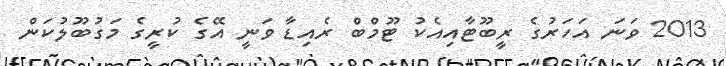
2013 ވަނަ އަހަރުގެ ރީބޫޓާއިއެކު ޓޫމްބް ރެއިޑާ ވަނީ އޭގެ ކުރީގެ މަގުބޫލުކަން